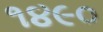
૧૪૯૦